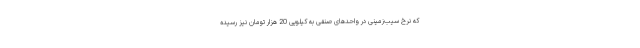
که نرخ سیب‌زمینی در واحدهای صنفی به کیلویی 20 هزار تومان نیز رسیده